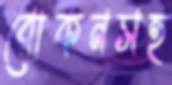
রোকনসহ